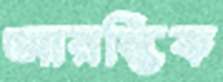
আরম্ভিক